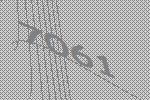
7061